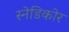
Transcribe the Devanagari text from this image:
स्नेडिकोर